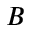
B